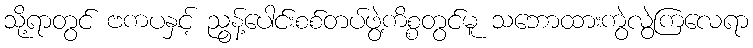
သို့ရာတွင် ဗကပနှင့် ညွန့်ပေါင်းစစ်တပ်ဖွဲ့ကိစ္စတွင်မူ သဘောထားကွဲလွဲကြလေရာ